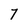
Character: 7